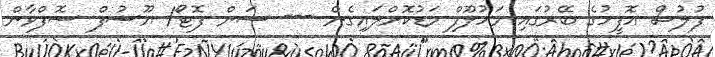
ފުލުސް އޮފީހުގެ ބޭރުގައި މަހުލޫފް މަޑުކޮށްލައިގެން --- ސަން ފޮޓޯ/ ޔޫސުފް ސޮފްވާން